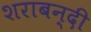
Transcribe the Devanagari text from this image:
शराबन्दी